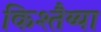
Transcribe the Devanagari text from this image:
किश्तैय्या